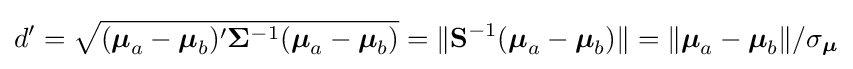
d'={\sqrt {({\boldsymbol {\mu }}_{a}-{\boldsymbol {\mu }}_{b})'\mathbf {\Sigma } ^{-1}({\boldsymbol {\mu }}_{a}-{\boldsymbol {\mu }}_{b})}}=\lVert \mathbf {S} ^{-1}({\boldsymbol {\mu }}_{a}-{\boldsymbol {\mu }}_{b})\rVert =\lVert {\boldsymbol {\mu }}_{a}-{\boldsymbol {\mu }}_{b}\rVert /\sigma _{\boldsymbol {\mu }}